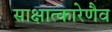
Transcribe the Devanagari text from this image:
साक्षात्कारेणैव